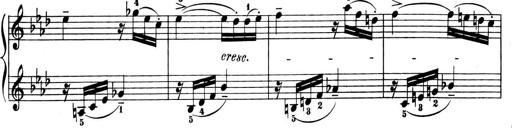
Title: 6 Piano Sonatinas
Composer: Cornelius Gurlitt